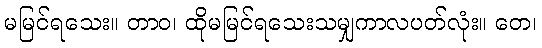
မမြင်ရသေး။ တာဝ၊ ထိုမမြင်ရသေးသမျှကာလပတ်လုံး။ တေ၊